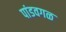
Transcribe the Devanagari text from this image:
पांडवगळ